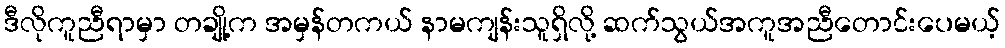
ဒီလိုကူညီရာမှာ တချို့က အမှန်တကယ် နာမကျန်းသူရှိလို့ ဆက်သွယ်အကူအညီတောင်းပေမယ့်